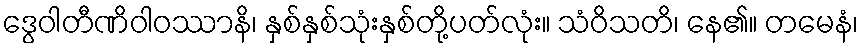
ဒွေဝါတီဏိဝါဝဿာနိ၊ နှစ်နှစ်သုံးနှစ်တို့ပတ်လုံး။ သံဝိသတိ၊ နေ၏။ တမေနံ၊